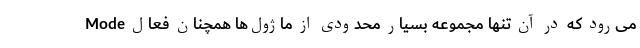
Mode می‌رود که در آن تنها مجموعه بسیار محدودی از ماژول‌ها همچنان فعال